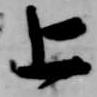
上